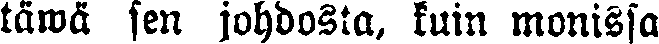
täwä sen johdosta, kuin monissa